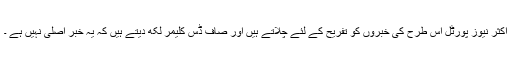
اکثر نیوز پورٹل اس طرح کی خبروں کو تفریح کے لئے چلاتے ہیں اور صاف ڈس کلیمر لکھ دیتے ہیں کہ یہ خبر اصلی نہیں ہے ۔